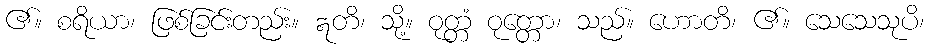
၏။ စရိယာ၊ ဖြစ်ခြင်းတည်း။ ဣတိ၊ သို့။ ဝုတ္တံ ဝုတ္တော၊ သည်။ ဟောတိ၊ ၏။ သေသေသုပိ၊